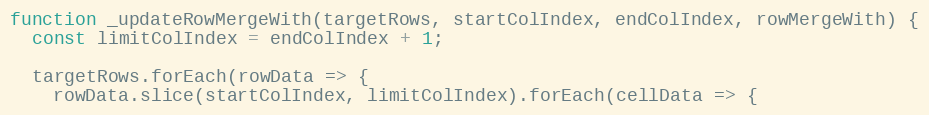
Language: JavaScript
function _updateRowMergeWith(targetRows, startColIndex, endColIndex, rowMergeWith) {
  const limitColIndex = endColIndex + 1;

  targetRows.forEach(rowData => {
    rowData.slice(startColIndex, limitColIndex).forEach(cellData => {